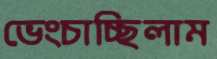
ভেংচাচ্ছিলাম